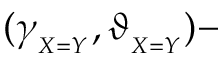
( \gamma _ { _ { X = Y } } , \vartheta _ { _ { X = Y } } ) -